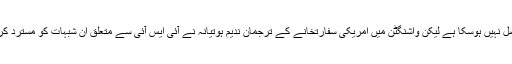
"پاکستان میں وزارت خارجہ سے اس بابت کیے گئے رابطے پر تاحال کوئی ردعمل حاصل نہیں ہوسکا ہے لیکن واشنگٹن میں امریکی سفارتخانے کے ترجمان ندیم ہوتیانہ نے آئی ایس آئی سے متعلق ان شبہات کو مسترد کرتے ہوئے کہا کہ "یہ کہانی گھڑی گئی ہے اور اس قابل نہیں کہ اس پر تبصرہ کیا جائے۔